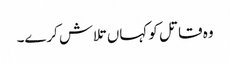
وہ قاتل کو کہاں تلاش کرے۔